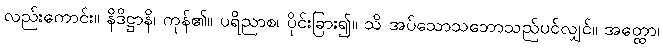
လည်းကောင်း။ နိဒိဋ္ဌာနိ၊ ကုန်၏။ ပရိညာစ၊ ပိုင်းခြား၍။ သိ အပ်သောသဘောသည်ပင်လျှင်။ အတ္ထော၊